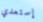
إستعدي